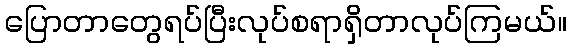
ပြောတာတွေရပ်ပြီးလုပ်စရာရှိတာလုပ်ကြမယ်။